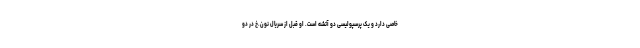
خاصی دارد و یک پرسپولیسی دو آتشه است. او قبل از سریال نون.خ در دو